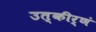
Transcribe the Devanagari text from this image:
उत्कीर्णं